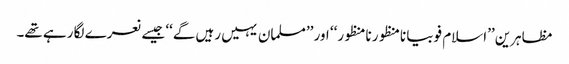
مظاہرین ’’اسلام فوبیا نامنظور نامنظور‘‘ اور ’’مسلمان یہیں رہیں گے‘‘ جیسے نعرے لگا رہے تھے۔